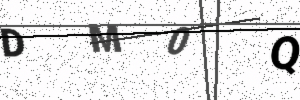
Text: DM0Q